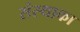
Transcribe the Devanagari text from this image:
संस्‍थाका